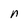
Character: n